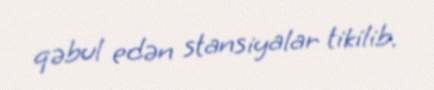
qəbul edən stansiyalar tikilib.